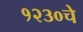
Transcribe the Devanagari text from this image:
१२३०चे